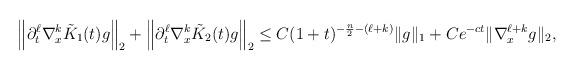
LaTeX: \begin{align*} \left\| \partial_{t}^{\ell} \nabla_{x}^{k}\tilde{K}_{1}(t)g\right\|_{2}+\left\| \partial_{t}^{\ell} \nabla_{x}^{k}\tilde{K}_{2}(t)g\right\|_{2}& \le C(1+t)^{-\frac{n}{2}-(\ell+ k)}\| g \|_{1} + C e^{-ct} \| \nabla_{x}^{\ell+k} g\|_{2}, \end{align*}